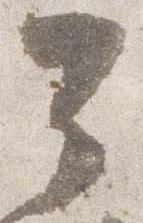
公